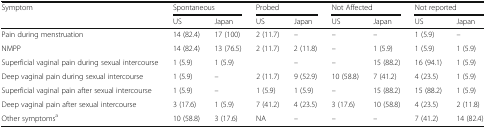
<table><thead><tr><td rowspan="2"><b>Symptom</b></td><td colspan="2"><b>Spontaneous</b></td><td colspan="2"><b>Probed</b></td><td colspan="2"><b>Not Affected</b></td><td colspan="2"><b>Not reported</b></td></tr><tr><td><b>US</b></td><td><b>Japan</b></td><td><b>US</b></td><td><b>Japan</b></td><td><b>US</b></td><td><b>Japan</b></td><td><b>US</b></td><td><b>Japan</b></td></tr></thead><tbody><tr><td>Pain during menstruation</td><td>14 (82.4)</td><td>17 (100)</td><td>2 (11.7)</td><td>–</td><td>–</td><td>–</td><td>1 (5.9)</td><td>–</td></tr><tr><td>NMPP</td><td>14 (82.4)</td><td>13 (76.5)</td><td>2 (11.7)</td><td>2 (11.8)</td><td>–</td><td>1 (5.9)</td><td>1 (5.9)</td><td>1 (5.9)</td></tr><tr><td>Superficial vaginal pain during sexual intercourse</td><td>1 (5.9)</td><td>1 (5.9)</td><td></td><td>–</td><td>–</td><td>15 (88.2)</td><td>16 (94.1)</td><td>1 (5.9)</td></tr><tr><td>Deep vaginal pain during sexual intercourse</td><td>1 (5.9)</td><td>–</td><td>2 (11.7)</td><td>9 (52.9)</td><td>10 (58.8)</td><td>7 (41.2)</td><td>4 (23.5)</td><td>1 (5.9)</td></tr><tr><td>Superficial vaginal pain after sexual intercourse</td><td>1 (5.9)</td><td>–</td><td>1 (5.9)</td><td>1 (5.9)</td><td>–</td><td>15 (88.2)</td><td>15 (88.2)</td><td>1 (5.9)</td></tr><tr><td>Deep vaginal pain after sexual intercourse</td><td>3 (17.6)</td><td>1 (5.9)</td><td>7 (41.2)</td><td>4 (23.5)</td><td>3 (17.6)</td><td>10 (58.8)</td><td>4 (23.5)</td><td>2 (11.8)</td></tr><tr><td>Other symptoms<sup>a</sup></td><td>10 (58.8)</td><td>3 (17.6)</td><td>NA</td><td>–</td><td>–</td><td>–</td><td>7 (41.2)</td><td>14 (82.4)</td></tr></tbody></table>